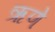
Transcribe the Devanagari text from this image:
ऋणे